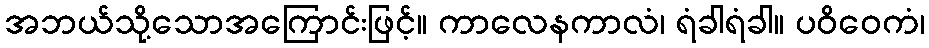
အဘယ်သို့သောအကြောင်းဖြင့်။ ကာလေနကာလံ၊ ရံခါရံခါ။ ပဝိဝေကံ၊